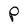
Character: P